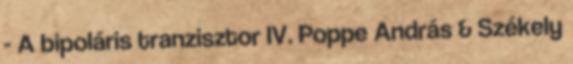
- A bipoláris tranzisztor IV. Poppe András & Székely